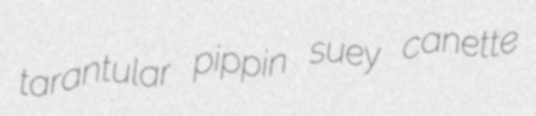
tarantular pippin suey canette